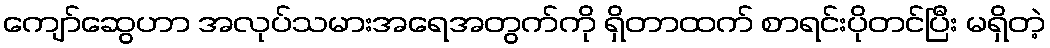
ကျော်ဆွေဟာ အလုပ်သမားအရေအတွက်ကို ရှိတာထက် စာရင်းပိုတင်ပြီး မရှိတဲ့